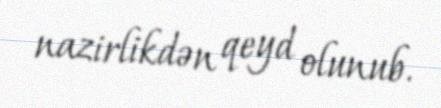
nazirlikdən qeyd olunub.